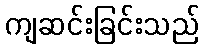
ကျဆင်းခြင်းသည်